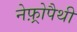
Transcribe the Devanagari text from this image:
नेफ़्रोपैथी